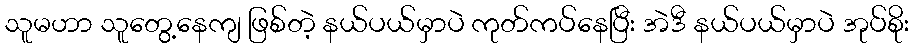
သူမဟာ သူတွေ့နေကျ ဖြစ်တဲ့ နယ်ပယ်မှာပဲ ကုတ်ကပ်နေပြီး အဲဒီ နယ်ပယ်မှာပဲ အုပ်စိုး